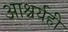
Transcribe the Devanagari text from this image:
आश्चर्यही